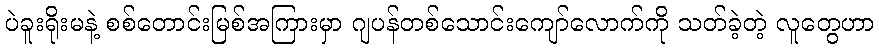
ပဲခူးရိုးမနဲ့ စစ်တောင်းမြစ်အကြားမှာ ဂျပန်တစ်သောင်းကျော်လောက်ကို သတ်ခဲ့တဲ့ လူတွေဟာ